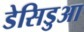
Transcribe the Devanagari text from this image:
डेसिडुआ